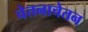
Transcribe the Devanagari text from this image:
चेतनाचेतन